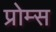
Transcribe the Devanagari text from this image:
प्रोम्स